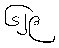
၆၂၉